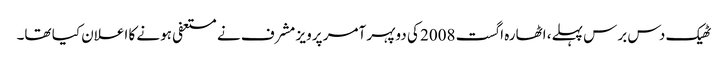
ٹھیک دس برس پہلے، اٹھارہ اگست 2008 کی دوپہر آمر پرویز مشرف نے مستعفی ہونے کا اعلان کیا تھا۔